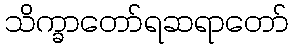
သိက္ခာတော်ရဆရာတော်